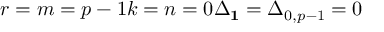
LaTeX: r = m = p - 1 k = n = 0 \Delta _ { \bf 1 } = \Delta _ { 0 , p - 1 } = 0